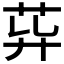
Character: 𦮁